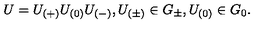
U = U _ { ( + ) } U _ { ( 0 ) } U _ { ( - ) } , U _ { ( \pm ) } \in G _ { \pm } , U _ { ( 0 ) } \in G _ { 0 } .